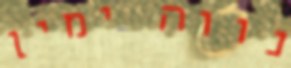
נווה ימין